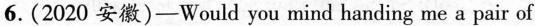
6.(2020 安徽)-Would you mind handing me a pair of